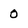
Character: 0